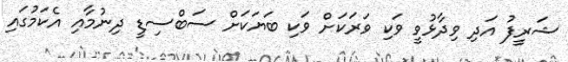
ޝަރީފު އަދި ވިދާޅުވީ ވަކި ވަރަކަށް ވަކި ބަޔަކަށް ސަބްސިޑީ ދިނުމާއި އެކަމުގައި